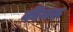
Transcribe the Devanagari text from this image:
कींनरू